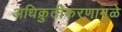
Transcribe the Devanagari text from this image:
अधिक्रुतीकरणामुळे